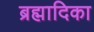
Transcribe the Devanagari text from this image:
ब्रह्मादिका